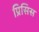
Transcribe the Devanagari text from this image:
प्रिसिस